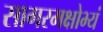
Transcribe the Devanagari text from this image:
सागरमक्षोभ्यं